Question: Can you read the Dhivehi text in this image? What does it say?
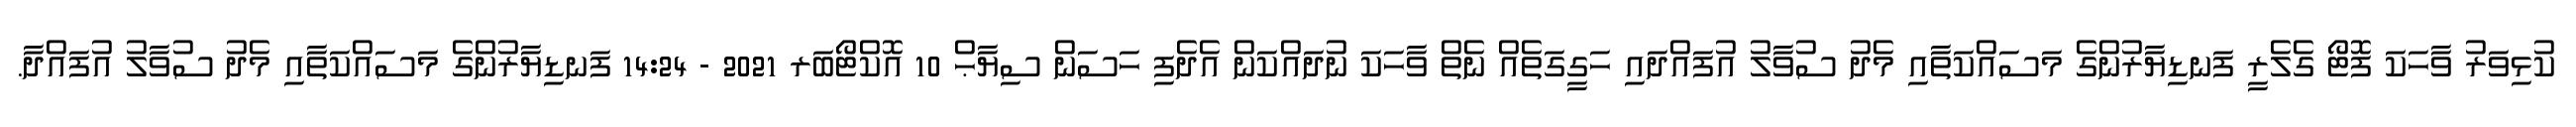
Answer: ކުޅިވަރު ވާހަކަ ފޮޓޯ ގެލެރީ ފަނޑިޔާރުންގެ މަސައްކަތާއި މެދު ސުވާލު އުފައްދައި ހަގީގަތެއް ނެތް ވާހަކަ ނުދައްކަން އެދެފި ހަސަން ސިޔާޙް 10 އޮކްޓޯބަރ 2021 - 14:24 ފަނޑިޔާރުންގެ މަސައްކަތާއި މެދު ސުވާލު އުފައްދާ.